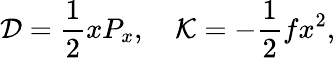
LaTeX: {\cal D}={\frac{1}{2}}xP_{x},\quad{\cal K}=-{\frac{1}{2}}fx^{2},